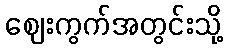
ဈေးကွက်အတွင်းသို့